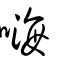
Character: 嗨